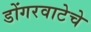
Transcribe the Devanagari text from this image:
डोंगरवाटेचे